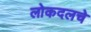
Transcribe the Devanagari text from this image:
लोकदलचे